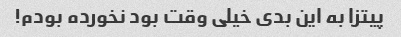
پیتزا به این بدی خیلی وقت بود نخورده بودم!